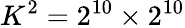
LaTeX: K^{2}=2^{10}\times 2^{10}